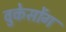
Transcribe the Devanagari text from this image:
वुकेसोंग